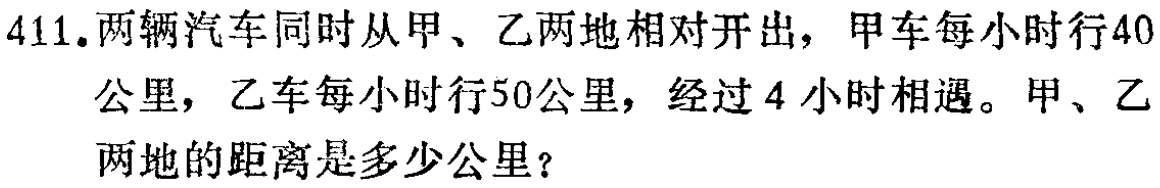
411.两辆汽车同时从甲、乙两地相对开出，甲车每小时行40公里，乙车每小时行50公里，经过4小时相遇。甲、乙两地的距离是多少公里？